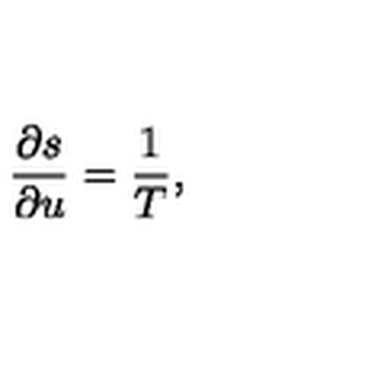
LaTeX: \frac { \partial s } { \partial u } = \frac { 1 } { T } ,